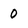
Character: 0